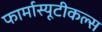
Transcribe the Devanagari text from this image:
फार्मास्यूटीकल्स